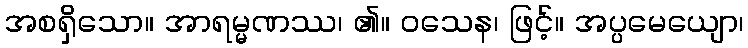
အစရှိသော။ အာရမ္မဏဿ၊ ၏။ ဝသေန၊ ဖြင့်။ အပ္ပမေယျော၊